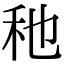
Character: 䄬